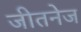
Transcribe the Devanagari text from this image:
जीतनेज